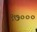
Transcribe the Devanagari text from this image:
९७०००